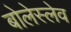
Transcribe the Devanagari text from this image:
बोलेस्लेव